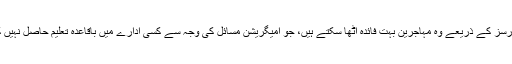
آن لائن کورسز کے ذریعے وہ مہاجرین بہت فائدہ اٹھا سکتے ہیں، جو امیگریشن مسائل کی وجہ سے کسی ادارے میں باقاعدہ تعلیم حاصل نہیں کر سکتے۔